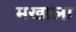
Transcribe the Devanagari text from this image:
मखाला